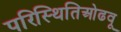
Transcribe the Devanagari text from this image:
परिस्थितिओढवू